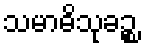
သမာဓိသုခဉ္စ